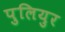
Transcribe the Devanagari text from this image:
पुलियुर